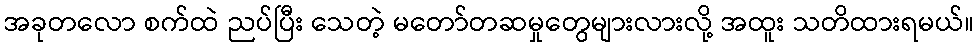
အခုတလော စက်ထဲ ညပ်ပြီး သေတဲ့ မတော်တဆမှုတွေများလားလို့ အထူး သတိထားရမယ်။